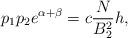
LaTeX: \begin{align*}p_{1}p_{2}e^{\alpha +\beta }=c\frac{N}{B_{2}^{2}}h, \end{align*}